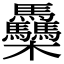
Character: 䯂